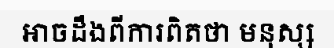
អាចដឹងពីការពិតថា មនុស្ស